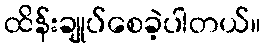
ထိန်းချုပ်စေခဲ့ပါတယ်။